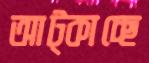
আট্‌কাচ্ছে